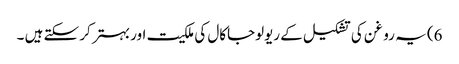
6) یہ روغن کی تشکیل کے ریولوجاکال کی ملکیت اور بہتر کر سکتے ہیں ۔